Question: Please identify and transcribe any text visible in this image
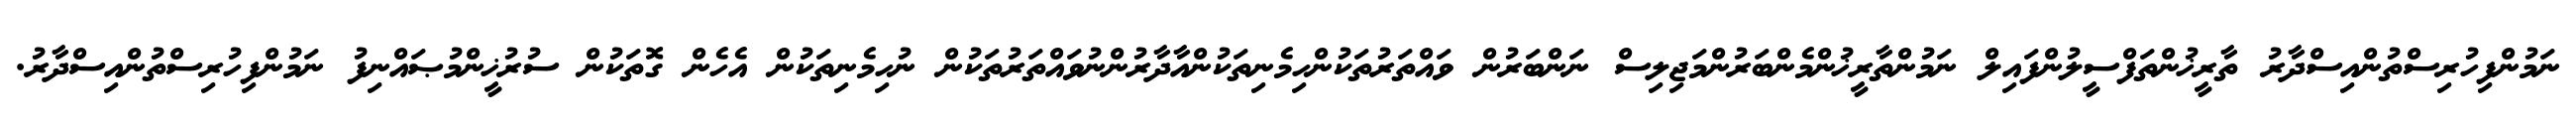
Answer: ނަމުންފިހުރިސްތުންއިސްދާރު ތާރީޚުންތަފްސީލުންފައިލް ނަމުންތާރީޚުންމެންބަރުންމަޖިލިސް ނަންބަރުން ވައްތަރުތަކުންހިމެނިތަކުންއާދާރުންނުވައްތަރުތަކުން ނުހިމެނިތަކުން އެހެން ގޮތަކުން ސުރުޚީންމުޞައްނިފު ނަމުންފިހުރިސްތުންއިސްދާރު.